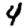
Digit: 4